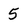
Character: 5